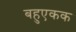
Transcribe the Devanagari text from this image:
बहुएकक